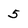
Character: 5